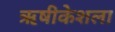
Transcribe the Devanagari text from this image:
ऋषीकेशला